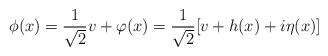
\begin{align*}\phi(x)={1\over \sqrt 2} v + \varphi(x) = {1\over \sqrt 2}[ v + h(x) + i\eta(x)]\end{align*}